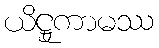
ယိဋ္ဌုကာမဿ